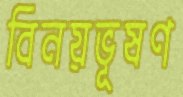
বিনয়ভূষণ